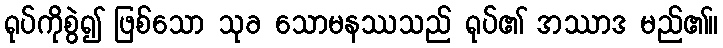
ရုပ်ကိုစွဲ၍ ဖြစ်သော သုခ သောမနဿသည် ရုပ်၏ အဿာဒ မည်၏။